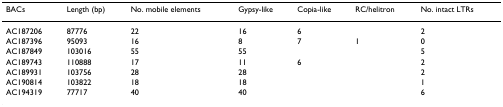
| BACs | Length (bp) | No. mobile elements | Gypsy-like | Copia-like | RC/helitron | No. intact LTRs |
 | --- | --- | --- | --- | --- | --- | --- |
 | AC187206 | 87776 | 22 | 16 | 6 |  | 2 |
 | AC187396 | 95093 | 16 | 8 | 7 | 1 | 0 |
 | AC187849 | 103016 | 55 | 55 |  |  | 5 |
 | AC189743 | 110888 | 17 | 11 | 6 |  | 2 |
 | AC189931 | 103756 | 28 | 28 |  |  | 2 |
 | AC190814 | 103822 | 18 | 18 |  |  | 1 |
 | AC194319 | 77717 | 40 | 40 |  |  | 6 |